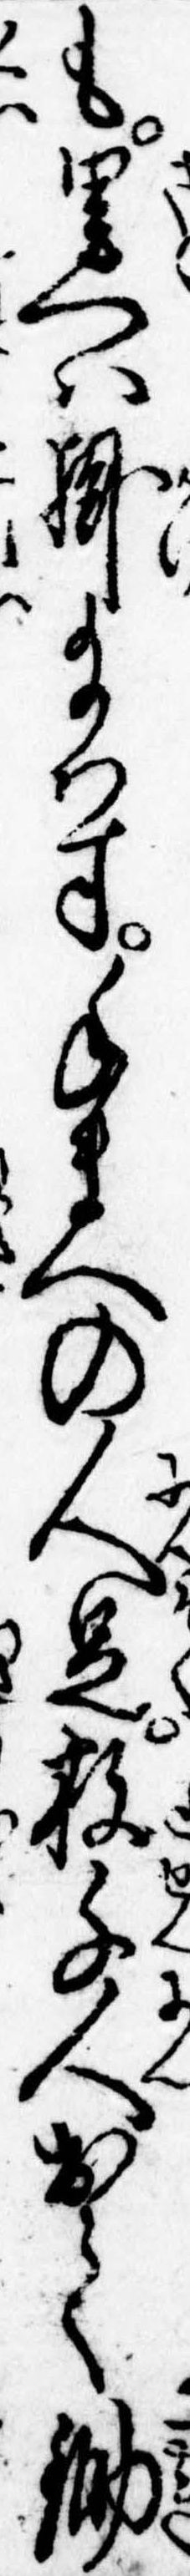
も里へは掛給はす手まへの人足数千人出て鋤